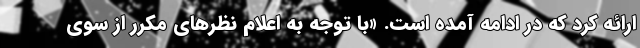
ارائه کرد که در ادامه آمده است. «با توجه به اعلام نظرهای مکرر از سوی